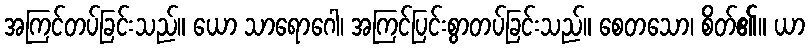
အကြင်တပ်ခြင်းသည်။ ယော သာရောဂေါ၊ အကြင်ပြင်းစွာတပ်ခြင်းသည်။ စေတသော၊ စိတ်၏။ ယာ